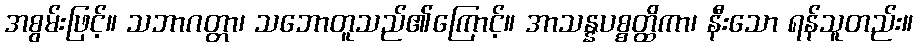
အစွမ်းဖြင့်။ သဘာဂတ္တာ၊ သဘောတူသည်၏ကြောင့်။ အာသန္နပစ္စတ္ထိကာ၊ နီးသော ရန်သူတည်း။